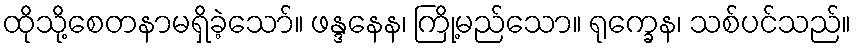
ထိုသို့စေတနာမရှိခဲ့သော်။ ဖန္ဒနေန၊ ကြို့မည်သော။ ရုက္ခေန၊ သစ်ပင်သည်။